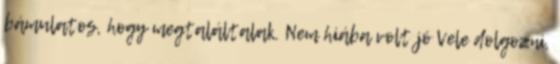
bámulatos, hogy megtaláltalak. Nem hiába volt jó Vele dolgozni,